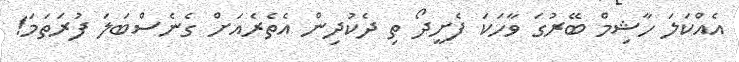
އެއްކަލަ ހާޝިމް ބޭރުގަ ވާހަކަ ފެށީދޯ ތި ދެކުދިން އެތެރެއަށް ގެނެސްބަލަ ފުރަތަމަ!